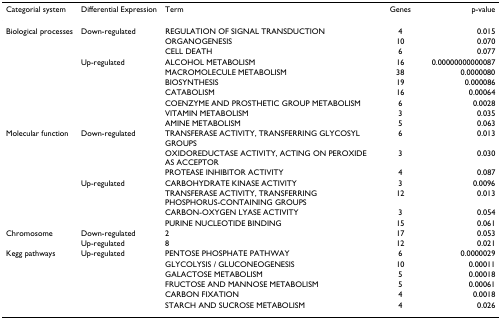
| Categorial system | Differential Expression | Term | Genes | p-value |
 | --- | --- | --- | --- | --- |
 | Biological processes | Down-regulated | REGULATION OF SIGNAL TRANSDUCTION | 4 | 0.015 |
 |  |  | ORGANOGENESIS | 10 | 0.070 |
 |  |  | CELL DEATH | 6 | 0.077 |
 |  | Up-regulated | ALCOHOL METABOLISM | 16 | 0.00000000000087 |
 |  |  | MACROMOLECULE METABOLISM | 38 | 0.0000080 |
 |  |  | BIOSYNTHESIS | 19 | 0.000086 |
 |  |  | CATABOLISM | 16 | 0.00064 |
 |  |  | COENZYME AND PROSTHETIC GROUP METABOLISM | 6 | 0.0028 |
 |  |  | VITAMIN METABOLISM | 3 | 0.035 |
 |  |  | AMINE METABOLISM | 5 | 0.063 |
 | Molecular function | Down-regulated | TRANSFERASE ACTIVITY, TRANSFERRING GLYCOSYL GROUPS | 6 | 0.013 |
 |  |  | OXIDOREDUCTASE ACTIVITY, ACTING ON PEROXIDE AS ACCEPTOR | 3 | 0.030 |
 |  |  | PROTEASE INHIBITOR ACTIVITY | 4 | 0.087 |
 |  | Up-regulated | CARBOHYDRATE KINASE ACTIVITY | 3 | 0.0096 |
 |  |  | TRANSFERASE ACTIVITY, TRANSFERRING PHOSPHORUS-CONTAINING GROUPS | 12 | 0.013 |
 |  |  | CARBON-OXYGEN LYASE ACTIVITY | 3 | 0.054 |
 |  |  | PURINE NUCLEOTIDE BINDING | 15 | 0.061 |
 | Chromosome | Down-regulated | 2 | 17 | 0.053 |
 |  | Up-regulated | 8 | 12 | 0.021 |
 | Kegg pathways | Up-regulated | PENTOSE PHOSPHATE PATHWAY | 6 | 0.0000029 |
 |  |  | GLYCOLYSIS / GLUCONEOGENESIS | 10 | 0.00011 |
 |  |  | GALACTOSE METABOLISM | 5 | 0.00018 |
 |  |  | FRUCTOSE AND MANNOSE METABOLISM | 5 | 0.00061 |
 |  |  | CARBON FIXATION | 4 | 0.0018 |
 |  |  | STARCH AND SUCROSE METABOLISM | 4 | 0.026 |